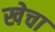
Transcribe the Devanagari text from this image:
खेचा